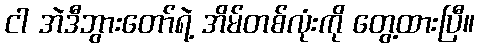
ငါ အဲဒီဘွားတော်ရဲ့ အိမ်တစ်လုံးကို တွေ့ထားပြီ။